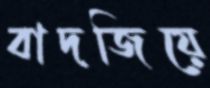
বাদজিয়ে